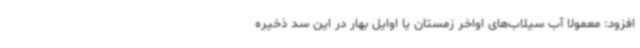
افزود: معمولا آب سیلاب‌های اواخر زمستان یا اوایل بهار در این سد ذخیره